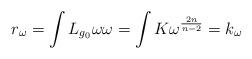
LaTeX: \begin{align*}r_{\omega}=\int L_{g_{0}}\omega \omega=\int K\omega^{\frac{2n}{n-2}}=k_{\omega}\end{align*}